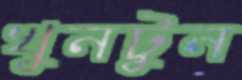
খুনটুন